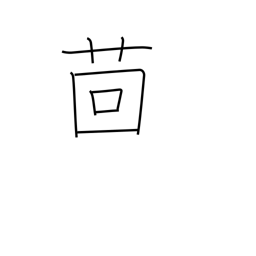
Meaning: fennel